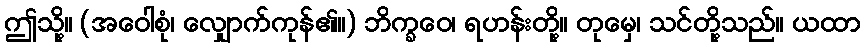
ဤသို့။ (အဝေါစုံ၊ လျှောက်ကုန်၏။) ဘိက္ခဝေ၊ ရဟန်းတို့။ တုမှေ၊ သင်တို့သည်။ ယထာ